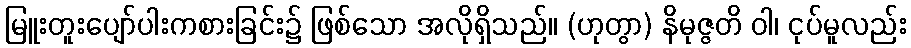
မြူးတူးပျော်ပါးကစားခြင်း၌ ဖြစ်သော အလိုရှိသည်။ (ဟုတွာ) နိမုဇ္ဇတိ ဝါ၊ ငုပ်မူလည်း